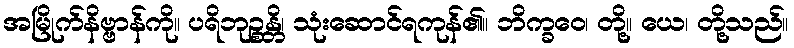
အမြိုက်နိဗ္ဗာန်ကို။ ပရိဘုဉ္စန္တိ၊ သုံးဆောင်ရကုန်၏။ ဘိက္ခဝေ၊ တို့။ ယေ၊ တို့သည်။